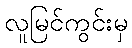
လူမြင်ကွင်းမှ